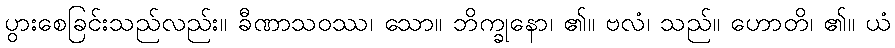
ပွားစေခြင်းသည်လည်း။ ခီဏာသဝဿ၊ သော။ ဘိက္ခုနော၊ ၏။ ဗလံ၊ သည်။ ဟောတိ၊ ၏။ ယံ